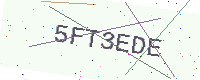
Text: 5FT3EDE